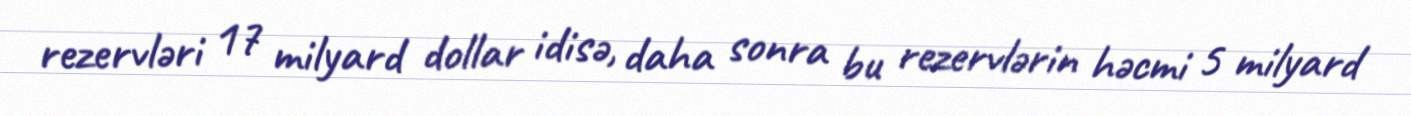
rezervləri 17 milyard dollar idisə, daha sonra bu rezervlərin həcmi 5 milyard